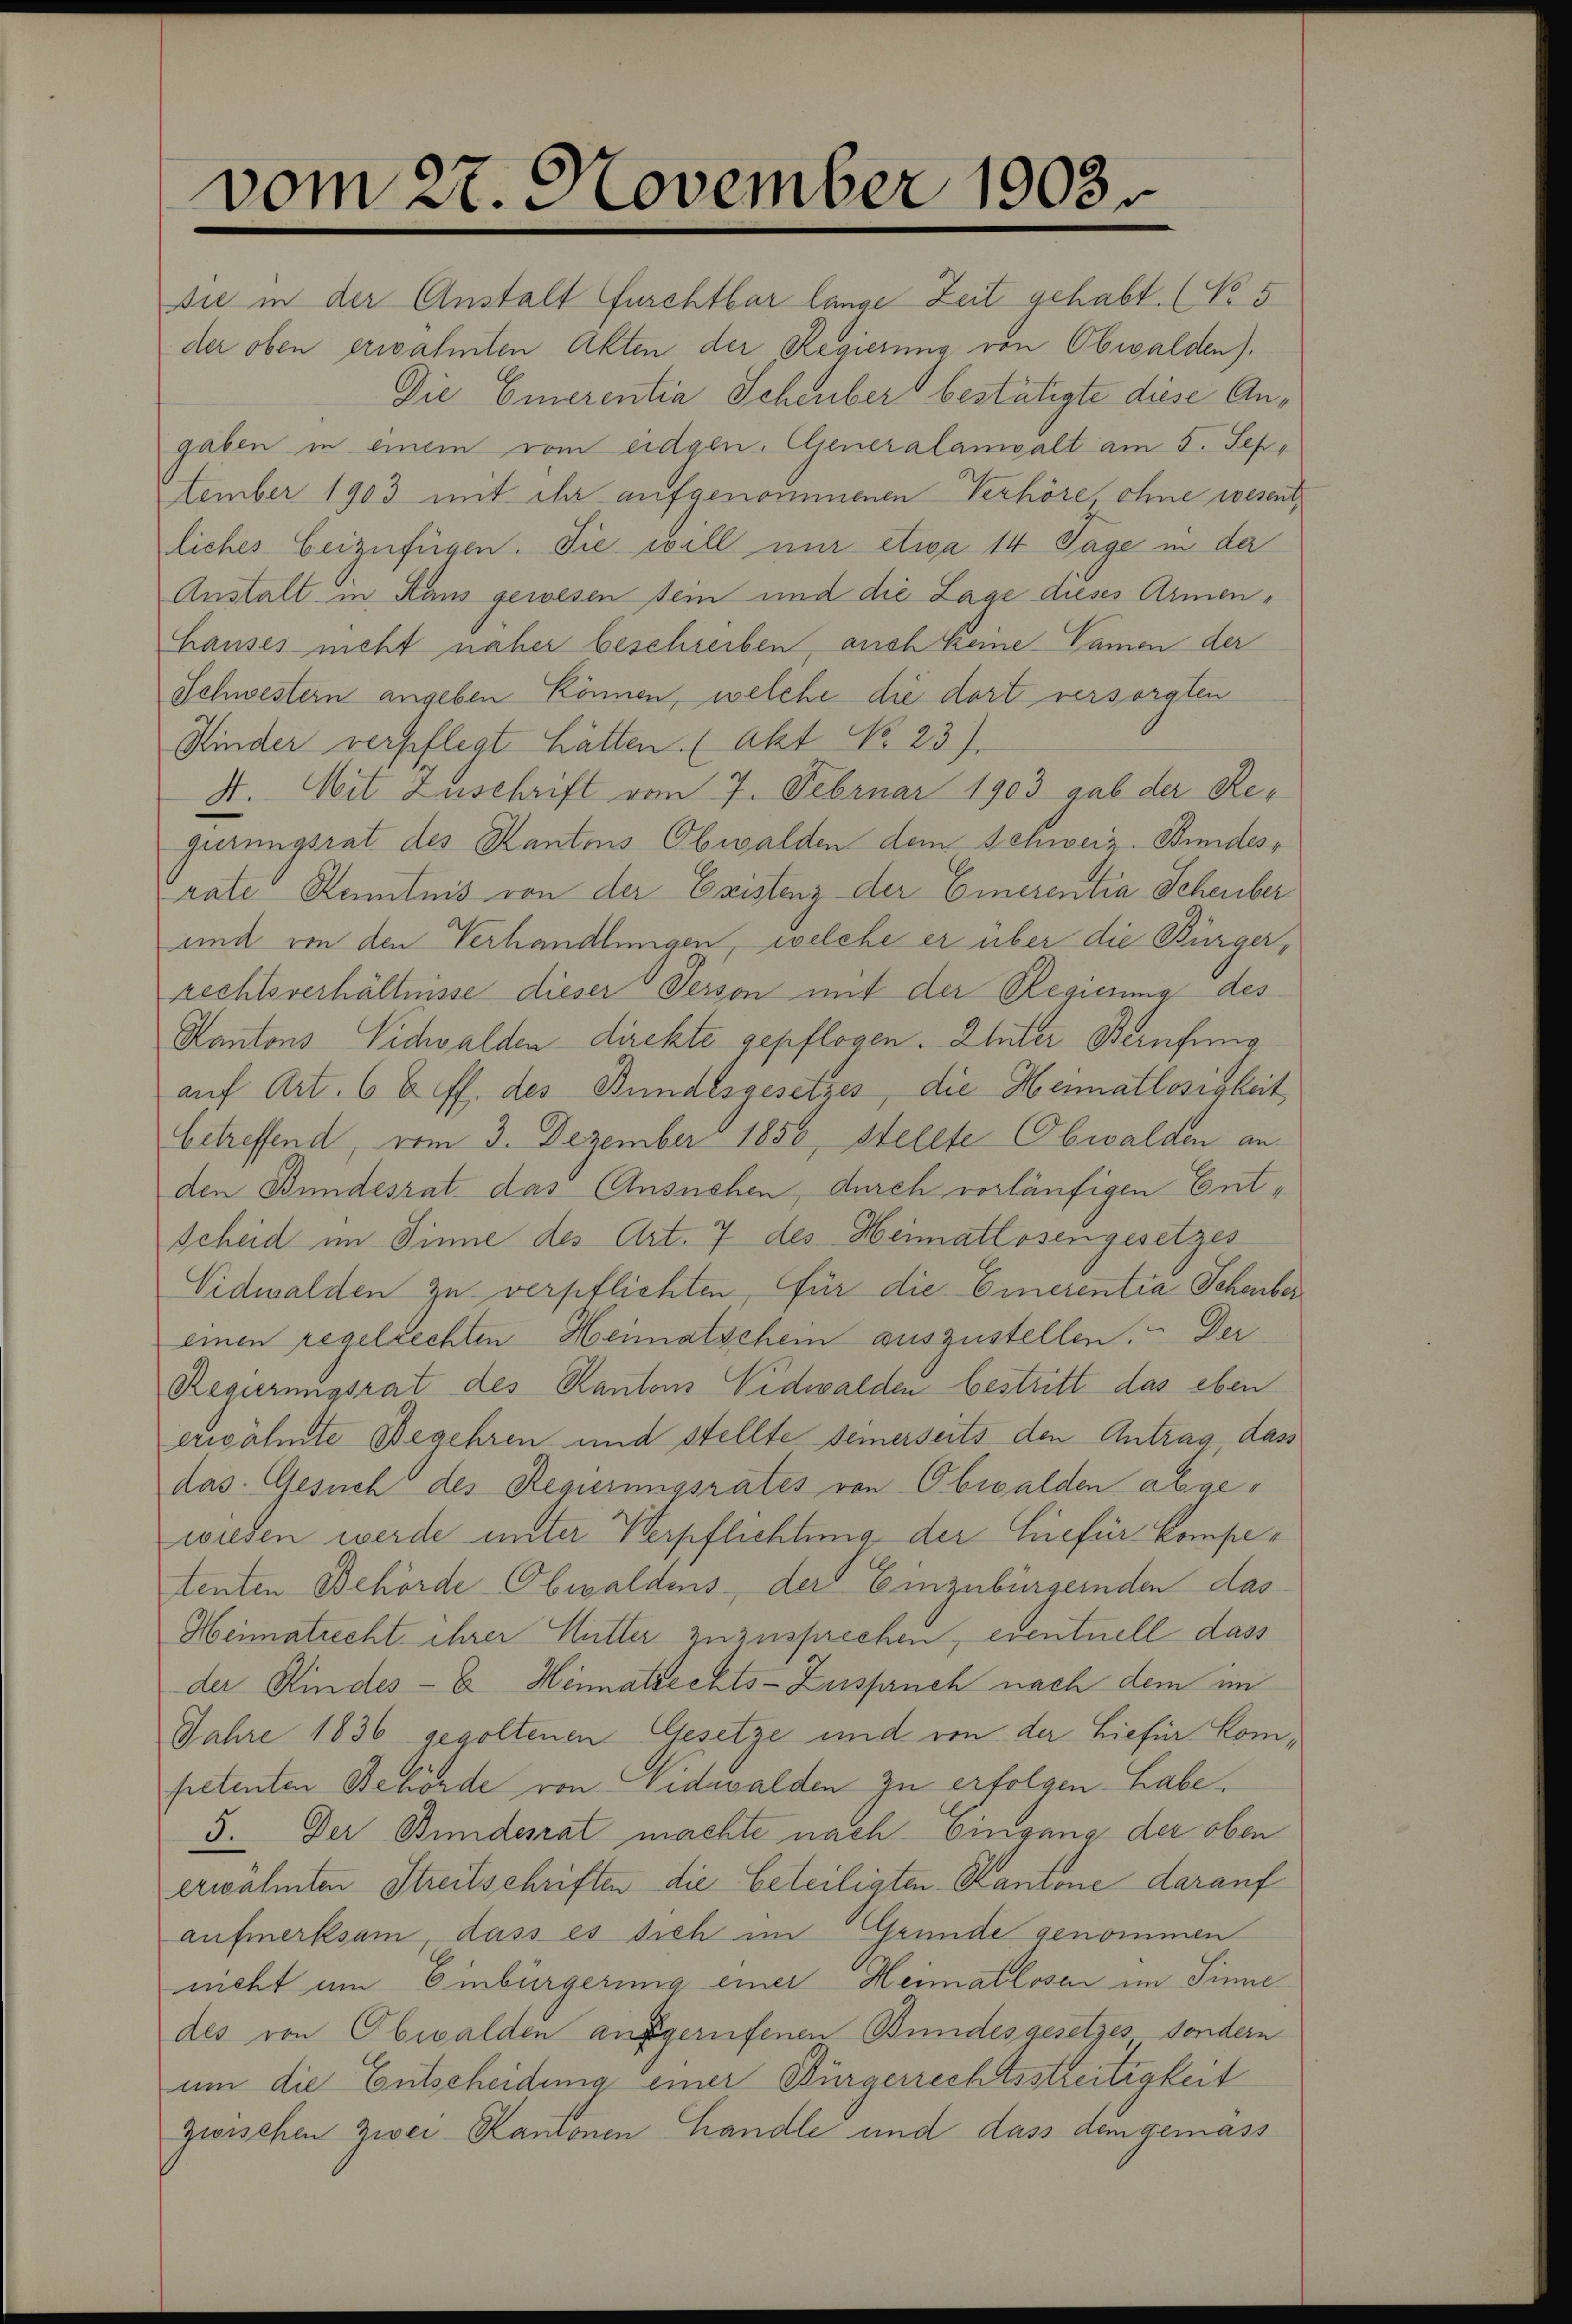
vom 27. November 1903.

Die in der Anstalt furchtbar lange Zeit gehabt. (No 5
der oben erwahmten Akten der Regierung von Obwalden).
Die Emerentia Scheuber bestätigte diese Angaben in einem vom eidgen. Generalanwalt am 5. September 1903 mit ihr aufgenommenen Verhöre, ohne wesent
liches beizufügen. Sie will nur etwa 14 Tage in der
Anstalt in Haus gewesen sein und die Lage dieses Armen¬
Hauses nicht näher beschreiben, auch keine Namen der
Schwestern angeben können, welche die dort versorgten
Kinder verpflegt hätten. (Akt No 23).
4. Mit Zuschrift vom 7. Februar 1903 gab der Regierungsrat des Kantons Obwalden dem Schweiz. Bundesrate Kenntnis von der Existenz der Emerentia Scheuber
und von den Verhandlungen, welche er über die Bürgerrechtsverhältnisse dieser Person mit der Regierung des
Kantons Vichwalden direkte gepflogen. Unter Berufung
auf Art. 6 t ff. des Bundesgesetzes, die Heimatlosigkeit
betreffend, vom 3. Dezember 1850, stellte Obwalden an
den Bundesrat das Ausnehen, durch vorläufigen Ent¬
Scheid im Sinne des Art. 7 des Heimatlosengesetzes
Vidwalden zu verpflichten, für die Einerentia Schenber
einen regelrechten Heimatschein auszustellen. Der
Regierungsrat des Kantons Nidwalden bestritt das eben
erwähnte Begehren und stellte seinerseits den Antrag, dass
das Gesuch des Regierungsrates von Obwalden abgewieden werde unter Verpflichtung der hiefür Kompetenten Behörde Obwaldens der Einzubürgernden das
Heimatrecht ihrer Mutter zuzusprechen, eventuell dass
der Kindes- & Heimatrechts-Zuspruch nach dem im
Jahre 1836 gegoltenen Gesetze und von der hiefür Kompetenten Behörde von Eidswalden zu erfolgen. Habe.
3. Der Bundesrat machte nach Eingang der oben
erwähnten Streitschriften die beteiligten Kantone darauf
aufmerksam, dass es sich im Grunde genommen
nicht am Einbürgerung einer Heimatlosen im Sinne
des von Obwalden aufgerufenen Bundesgesetzes sondern
um die Entscheidung einer Bürgerrechtsstreitigkeit
zwischen Zwei Kantonen Handle und dass dem gemass